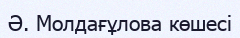
Ә. Молдағұлова көшесі